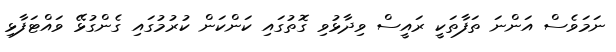
ނަމަވެސް އަންނަ ތަފާތަކީ ރައީސް ވިދާޅުވި ގޮތުގައި ކަންކަން ކުރުމުގައި ގެންގުޅޭ ވައްޓަފާޅި